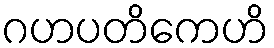
ဂဟပတိကေဟိ